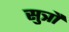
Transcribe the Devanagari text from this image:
सुत्रौं